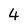
Character: 4